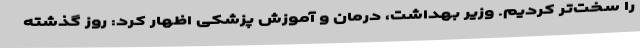
را سخت‌تر کردیم. وزیر بهداشت، درمان و آموزش پزشکی اظهار کرد: روز گذشته